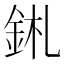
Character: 𨥼